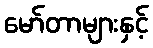
မော်တာများနှင့်